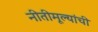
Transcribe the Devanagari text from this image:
नीतीमूल्यांची